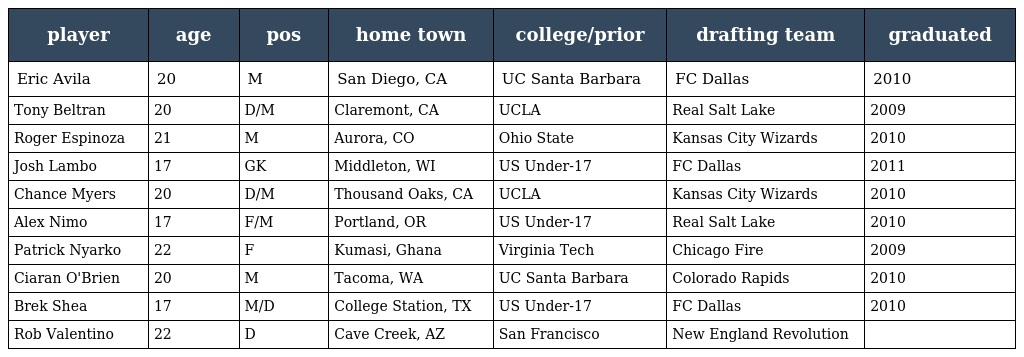
| player | age | pos | home town | college/prior | drafting team | graduated |
 | --- | --- | --- | --- | --- | --- | --- |
 | Eric Avila | 20 | M | San Diego, CA | UC Santa Barbara | FC Dallas | 2010 |
 | Tony Beltran | 20 | D/M | Claremont, CA | UCLA | Real Salt Lake | 2009 |
 | Roger Espinoza | 21 | M | Aurora, CO | Ohio State | Kansas City Wizards | 2010 |
 | Josh Lambo | 17 | GK | Middleton, WI | US Under-17 | FC Dallas | 2011 |
 | Chance Myers | 20 | D/M | Thousand Oaks, CA | UCLA | Kansas City Wizards | 2010 |
 | Alex Nimo | 17 | F/M | Portland, OR | US Under-17 | Real Salt Lake | 2010 |
 | Patrick Nyarko | 22 | F | Kumasi, Ghana | Virginia Tech | Chicago Fire | 2009 |
 | Ciaran O'Brien | 20 | M | Tacoma, WA | UC Santa Barbara | Colorado Rapids | 2010 |
 | Brek Shea | 17 | M/D | College Station, TX | US Under-17 | FC Dallas | 2010 |
 | Rob Valentino | 22 | D | Cave Creek, AZ | San Francisco | New England Revolution |  |